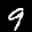
Label: 9